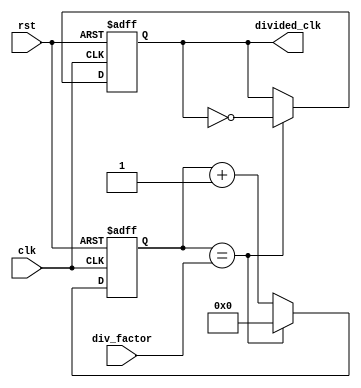
module RippleCounterClockDivider (
    input wire clk,
    input wire rst,
    input wire [3:0] div_factor,
    output reg divided_clk
);

reg [3:0] counter;

always @ (posedge clk or posedge rst) begin
    if (rst) begin
        counter <= 4'b0000;
        divided_clk <= 1'b0;
    end else begin
        if (counter == div_factor) begin
            divided_clk <= ~divided_clk;
            counter <= 4'b0000;
        end else begin
            counter <= counter + 1;
        end
    end
end

endmodule